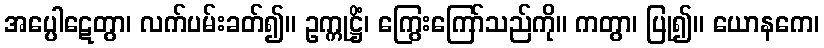
အပ္ပေါဋေတွာ၊ လက်ပမ်းခတ်၍။ ဥက္ကုဋ္ဌိံ၊ ကြွေးကြော်သည်ကို။ ကတွာ၊ ပြု၍။ ယောနကေ၊